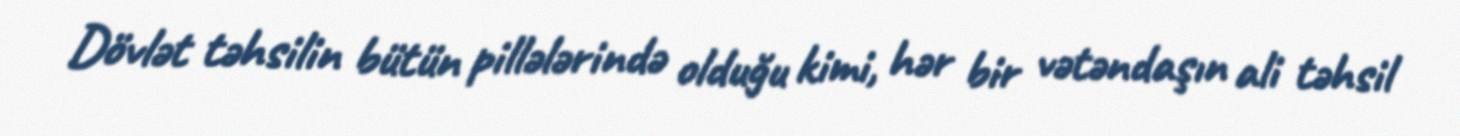
Dövlət təhsilin bütün pillələrində olduğu kimi, hər bir vətəndaşın ali təhsil